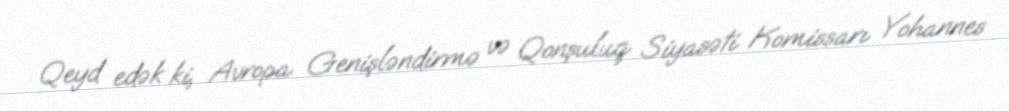
Qeyd edək ki, Avropa Genişləndirmə və Qonşuluq Siyasəti Komissarı Yohannes